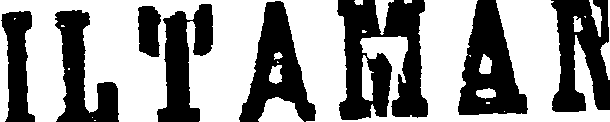
ILTAMAN